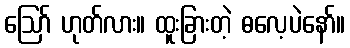
ဪ ဟုတ်လား။ ထူးခြားတဲ့ ဓလေ့ပဲနော်။